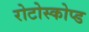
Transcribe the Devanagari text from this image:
रोटोस्कोप्ड